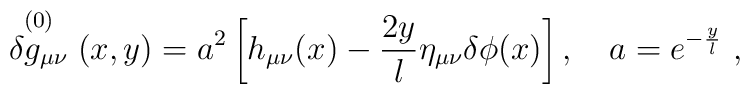
\stackrel{(0)}{\delta g_{\mu\nu}}(x,y) = 		a^2\left[ h_{\mu\nu}(x) 		- \frac{2y}{l}\eta_{\mu\nu}\delta\phi (x) 		\right], \quad a=e^{-\frac{y}{l}} \ ,